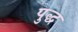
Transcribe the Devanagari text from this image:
पुद्ध